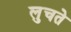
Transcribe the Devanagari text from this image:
लुचते